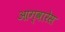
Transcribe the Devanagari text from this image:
आग्वारेस